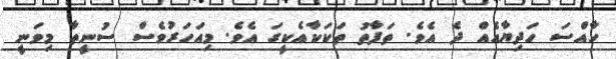
ހާއްސަ ހަދިޔާއެއް ދެ އެވެ. ތަފާތު ތަކަކާއެކީގަ އެވެ. މިއަހަރުވެސް ސުނީތާ މިވަނީ